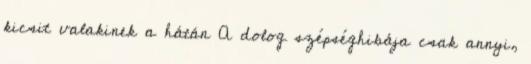
kicsit valakinek a hátán A dolog szépséghibája csak annyi,